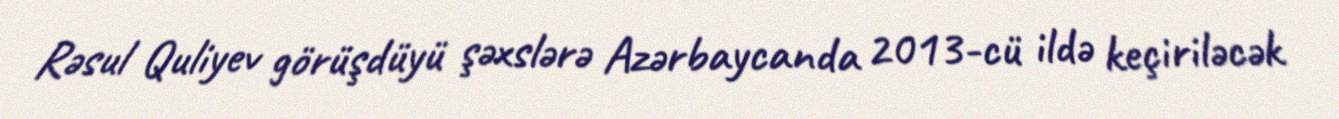
Rəsul Quliyev görüşdüyü şəxslərə Azərbaycanda 2013-cü ildə keçiriləcək